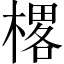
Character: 𰘜